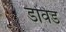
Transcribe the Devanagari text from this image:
डविड